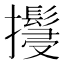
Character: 𢹚